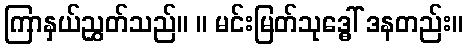
ကြာနှယ်ညွှတ်သည်။ ။ မင်းမြတ်သုဒ္ဓေါ် ဒနတည်း။